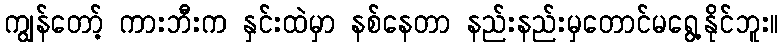
ကျွန်တော့် ကားဘီးက နှင်းထဲမှာ နစ်နေတာ နည်းနည်းမှတောင်မရွေ့နိုင်ဘူး။